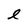
Character: l